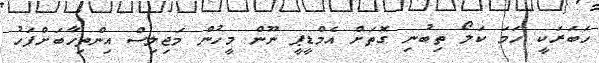
ހަބަރަކީ ހަމަ ކަލޯ ތިބުނި ގޮތަށް އެމްޑީޕީ ނޫން މީހުން މަޖިލިސް އިންތިހާބަށްފަހު